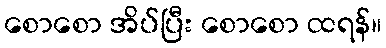
စောစော အိပ်ပြီး စောစော ထရန်။